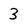
Character: 3